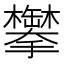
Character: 𬅍